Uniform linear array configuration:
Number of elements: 8
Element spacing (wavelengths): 0.5
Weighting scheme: exponential
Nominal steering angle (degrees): -15
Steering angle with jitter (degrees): -14.759
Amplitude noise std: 0.05
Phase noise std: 0.05

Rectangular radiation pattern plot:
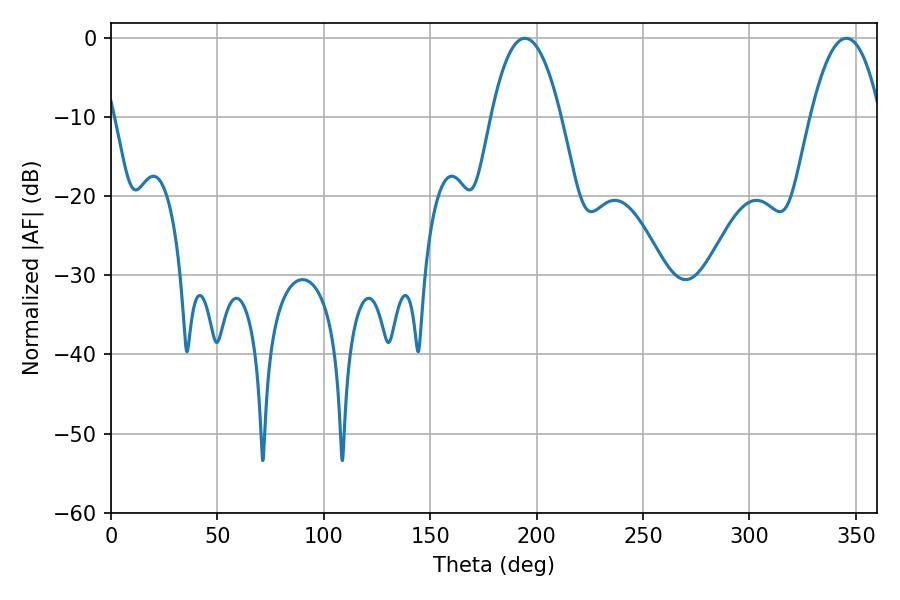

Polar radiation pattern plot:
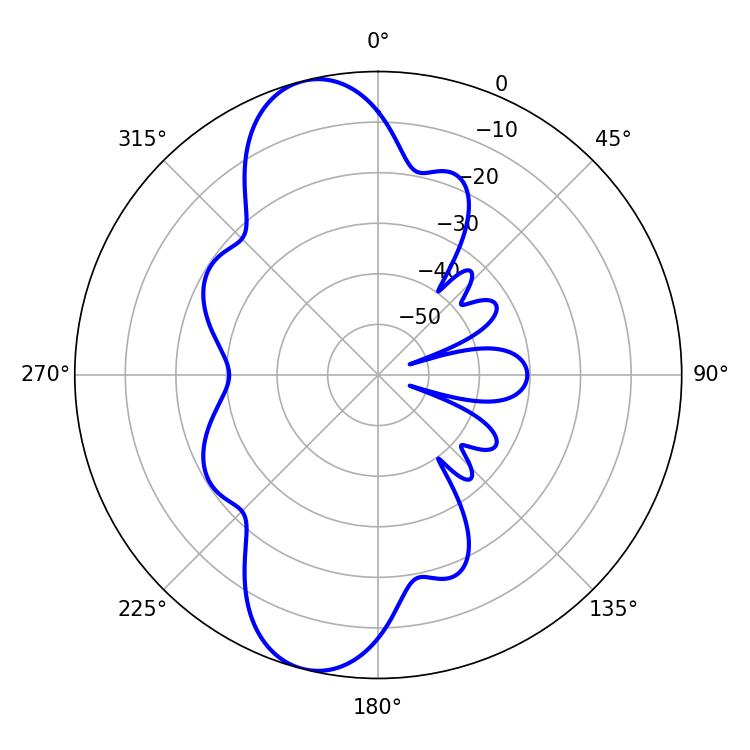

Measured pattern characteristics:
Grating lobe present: FALSE
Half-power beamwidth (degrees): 18.18
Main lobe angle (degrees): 194.4